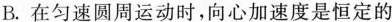
B. 在匀速圆周运动时，向心加速度是恒定的